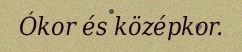
Ókor és középkor.